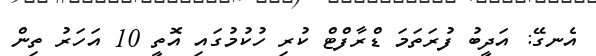
އެނގޭ: އަދީބު ފުރަތަމަ ޑްރާފްޓް ކުރި ހުކުމުގައި އޮތީ 10 އަހަރު ތިން